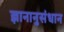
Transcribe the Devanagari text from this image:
ज्ञानानुसंधान